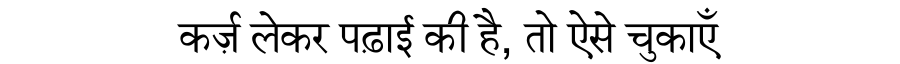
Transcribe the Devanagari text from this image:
कर्ज़ लेकर पढ़ाई की है, तो ऐसे चुकाएँ